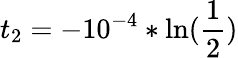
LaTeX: t_{2}=-10^{-4}*\ln(\frac{1}{2})